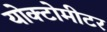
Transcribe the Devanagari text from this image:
योक्टोमीटर